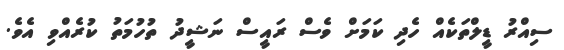
ސިއްރު ޑީލްތަކެއް ހެދި ކަމަށް ވެސް ރައީސް ނަޝީދު ތުހުމަތު ކުރެއްވި އެވެ.